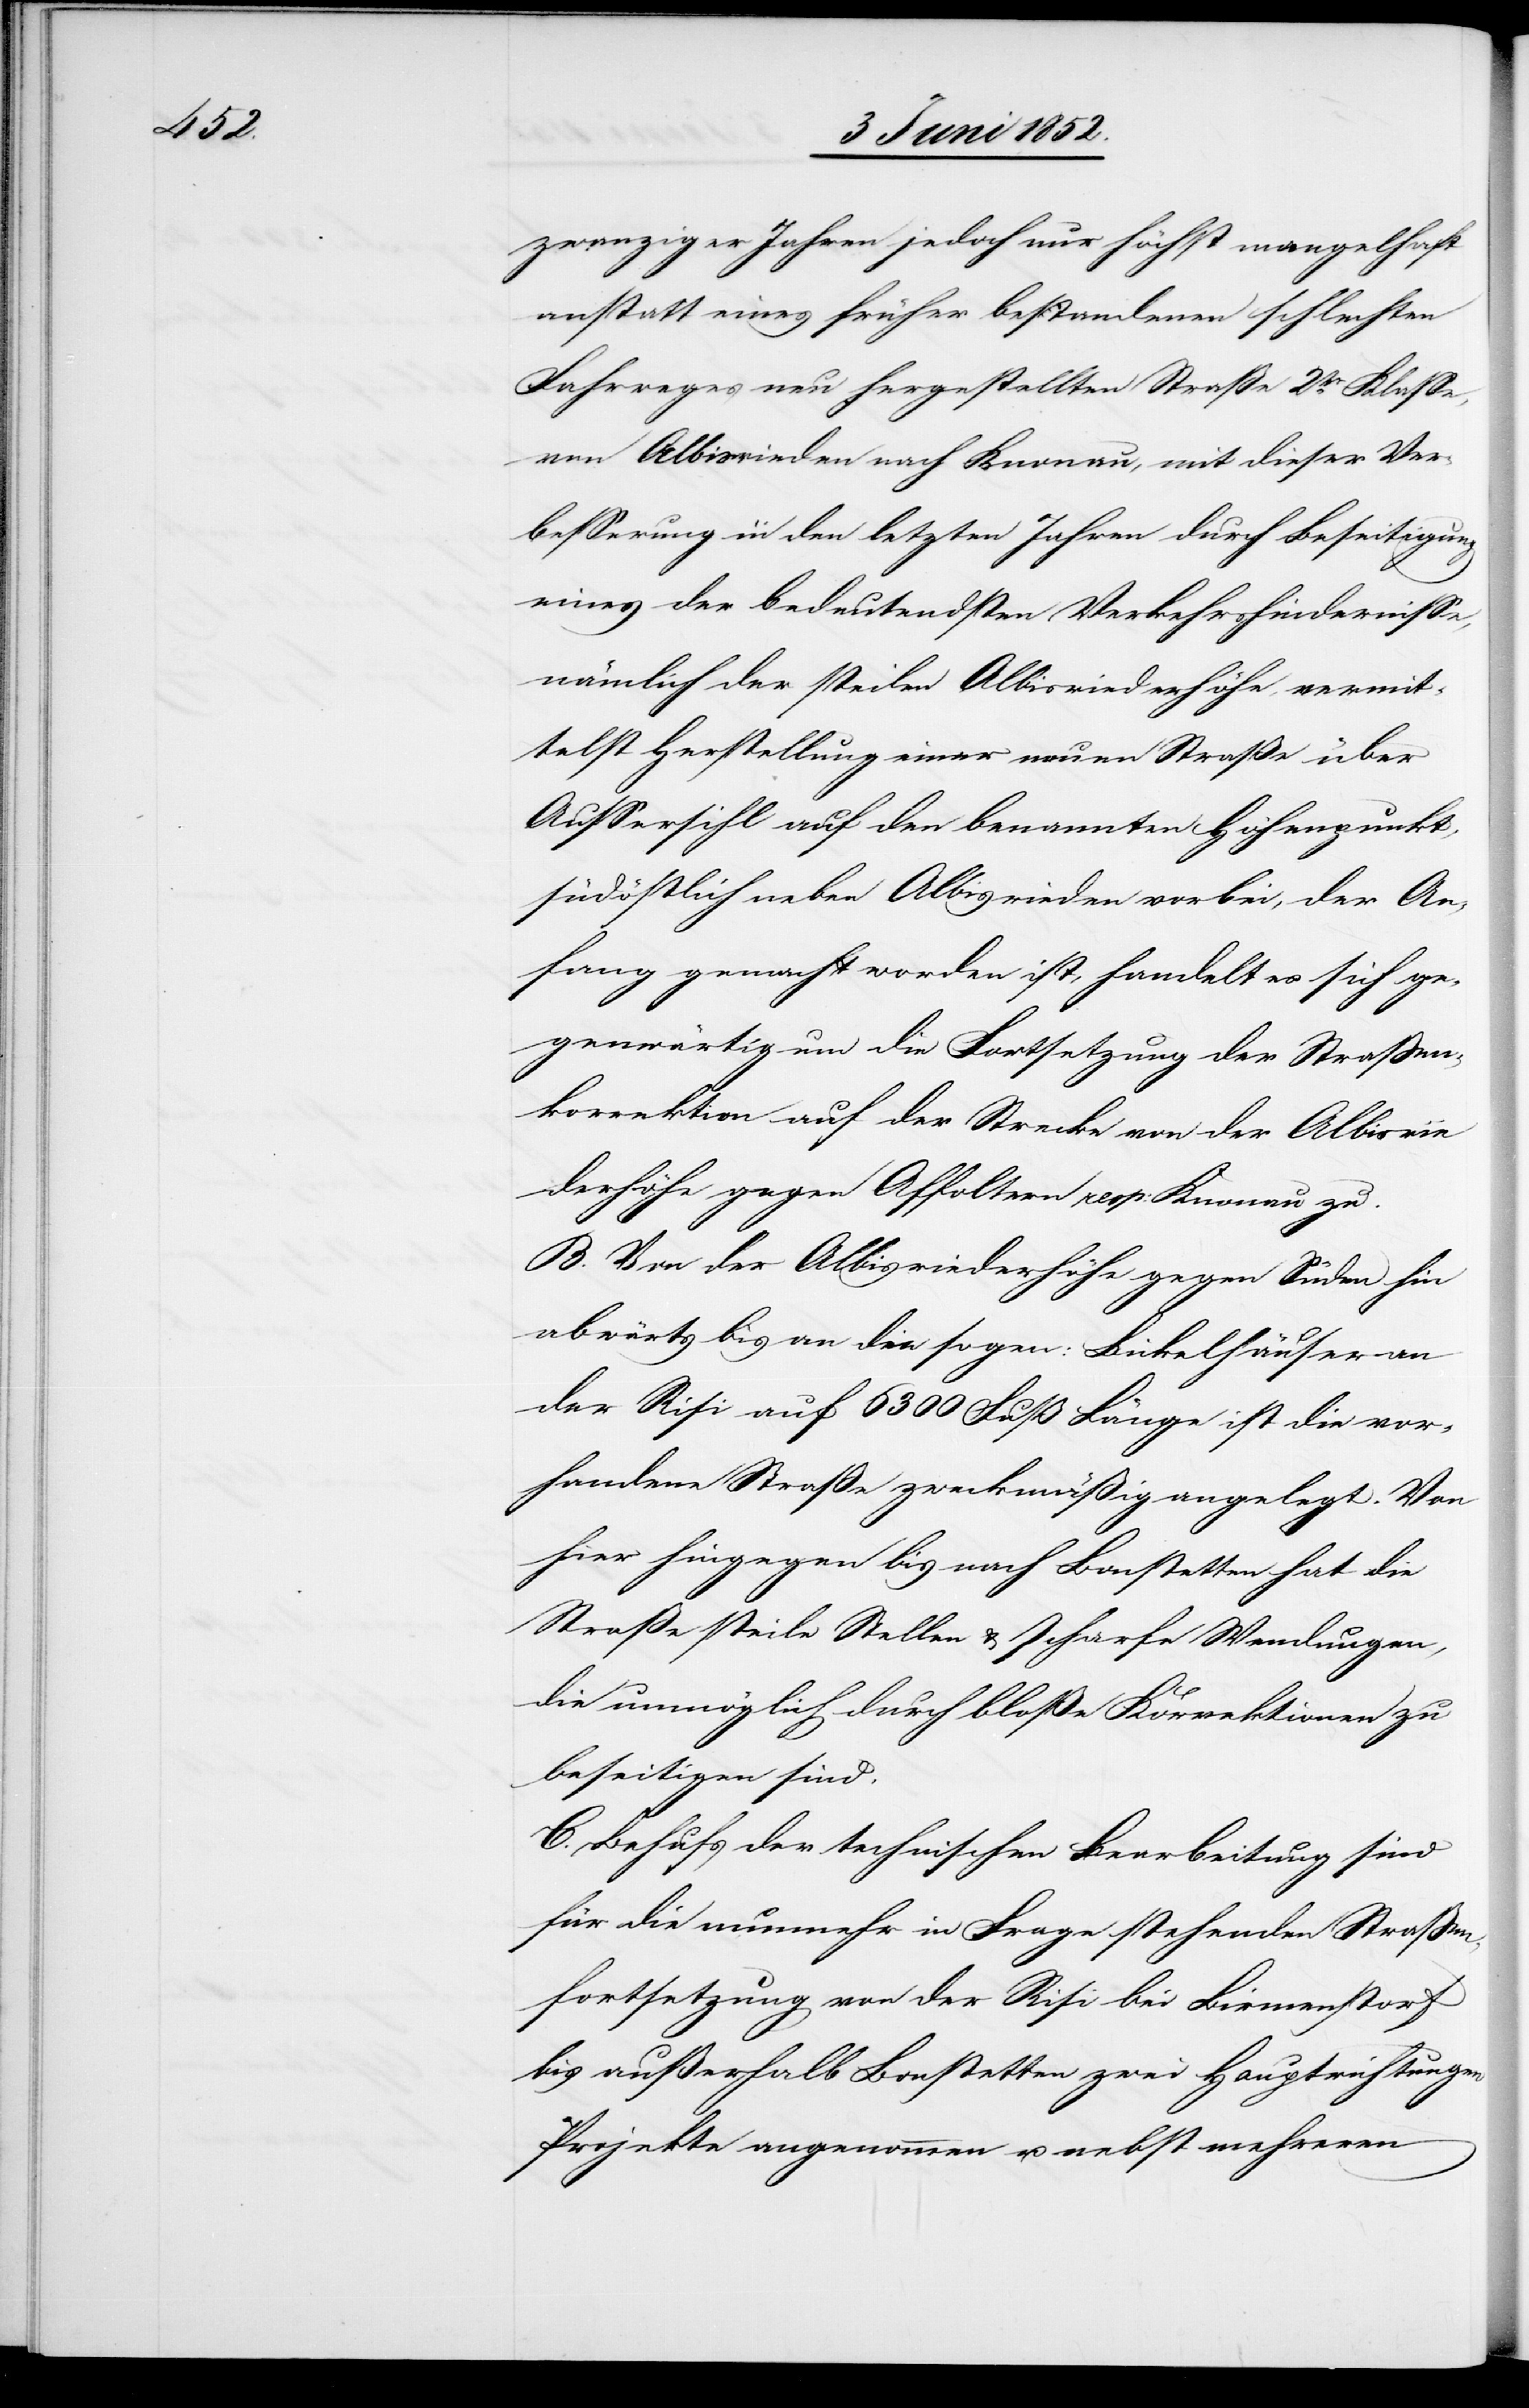
zwanziger Jahren jedoch nur höchst mangelhaft
anstatt eines früher bestandenen schlechten
Fahrweges neu hergestellten Straße 2tr. Klasse,
von Albisrieden nach Knonau, mit dieser Ver¬
besserung in den letzten Jahren durch Beseitigung
eines der bedeutendsten Verkehrshindernisse,
nämlich der steilen Albisriederhöhe, vermit¬
telst Herstellung einer neuen Straße über
Aussersihl auf den benannten Höhenpunkt,
südöstlich neben Albisrieden vorbei, der An¬
fang gemacht worden ist, handelt es sich ge¬
genwärtig um die Fortsetzung der Strassen¬
korrektion auf der Strecke von der Albisrie¬
derhöhe gegen Affoltern resp: Knonau zu.
B. Von der Albisriederhöhe gegen Süden hin
abwärts bis an die sogen: Bickelhäuser an
der Risi auf 6300 Fuß Länge ist die vor¬
handene Straße zweckmäßig angelegt. Von
hier hingegen bis nach Bonstetten hat die
Straße steile Stellen & scharfe Wendungen,
die unmöglich durch bloße Korrektionen zu
beseitigen sind.
C. Behufs der technischen Bearbeitung sind
für die nunmehr in Frage stehenden Straßen¬
fortsetzung von der Risi bei Birmenstorf
bis außerhalb Bonstetten zwei Hauptrichtungen
Projekte angenommen u. nebst mehreren